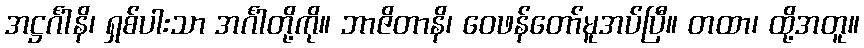
အဋ္ဌင်္ဂါနိ၊ ရှစ်ပါးသာ အင်္ဂါတို့ကို။ ဘာဇိတာနိ၊ ဝေဖန်တော်မူအပ်ပြီ။ တထာ၊ ထို့အတူ။